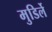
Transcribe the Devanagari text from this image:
मुडिर्ले